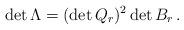
LaTeX: \begin{align*} \det \Lambda = (\det Q_r )^2 \det B_r\,.\end{align*}